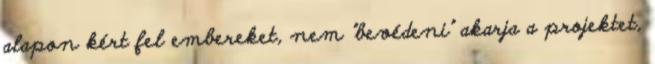
alapon kért fel embereket, nem "bevédeni" akarja a projektet,